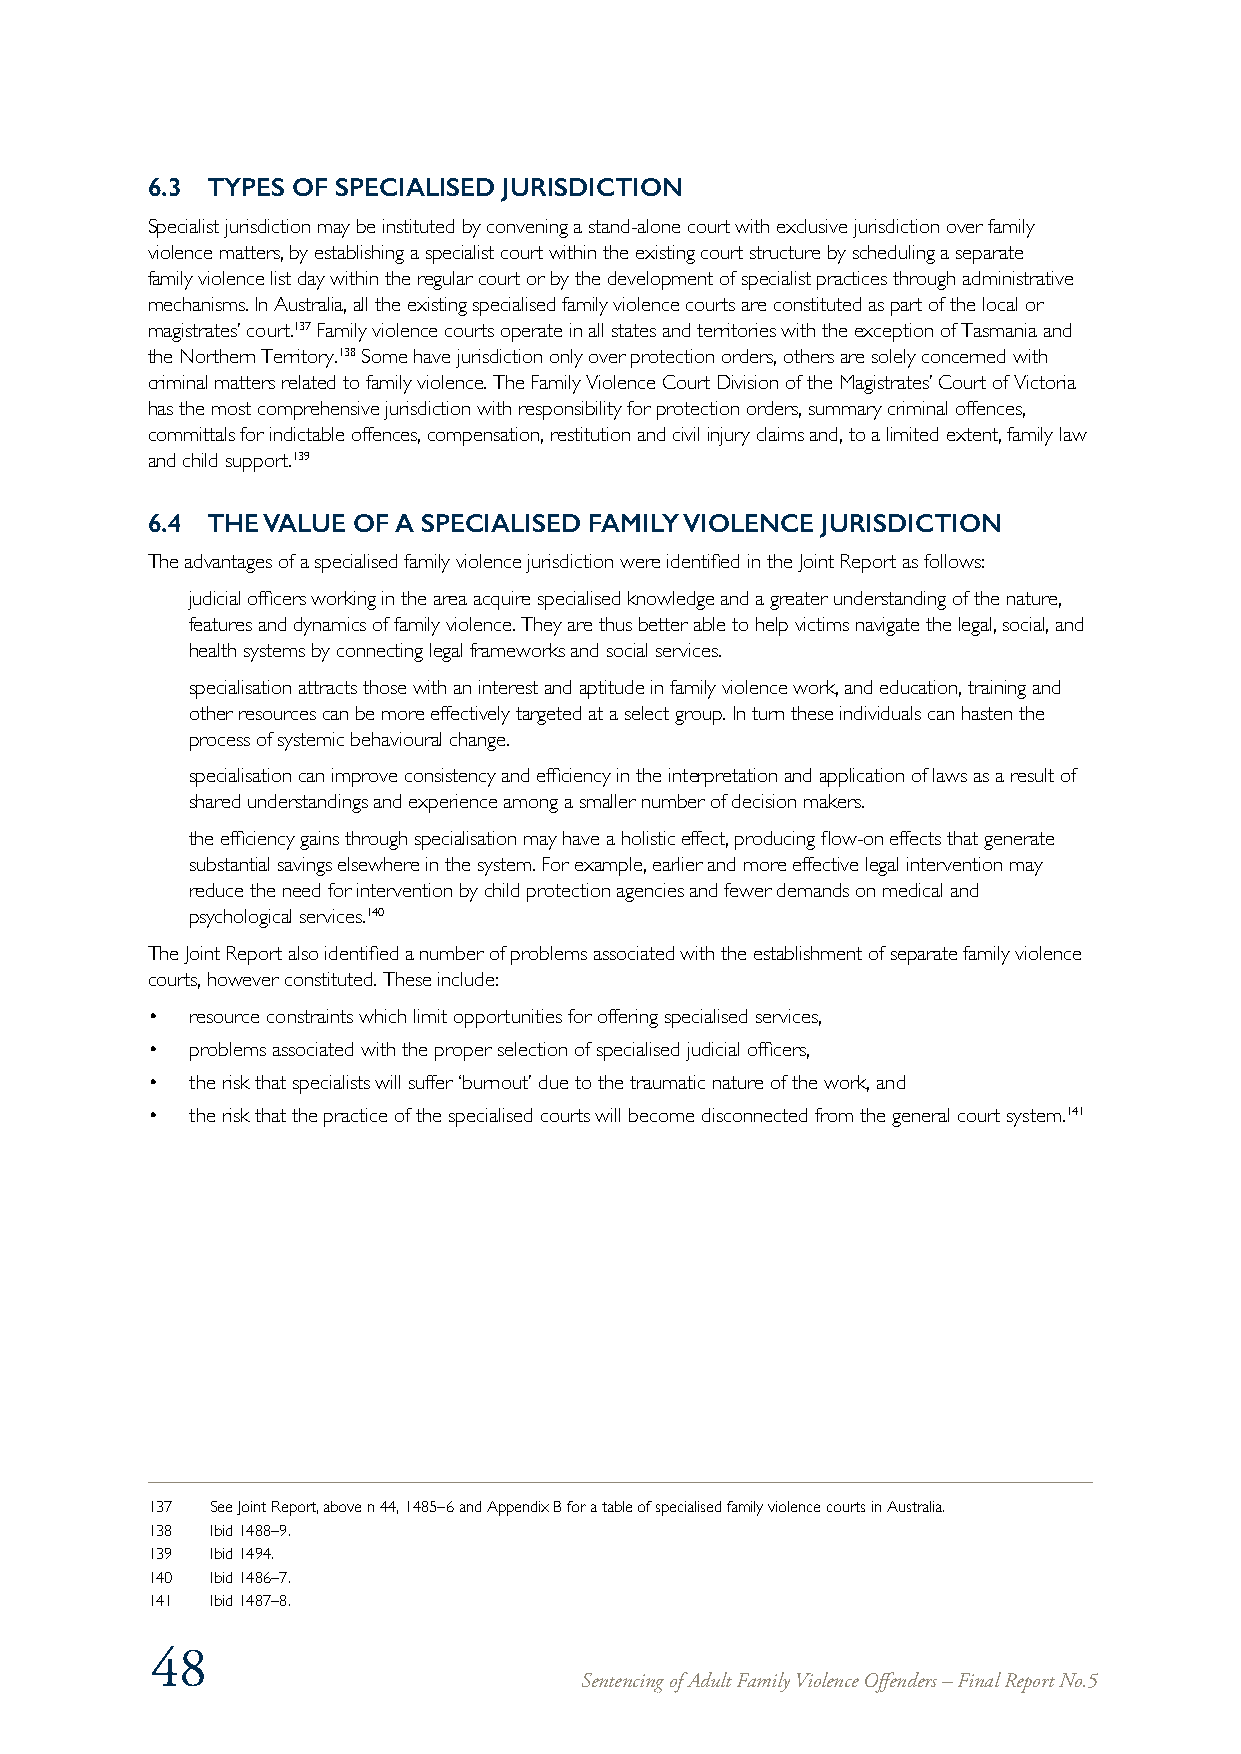
6.3 TYPES OF SPECIALISED JURISDICTION
 Specialist jurisdiction may be instituted by convening a stand-alone court with exclusive jurisdiction over family
 violence matters, by establishing a specialist court within the existing court structure by scheduling a separate
 family violence list day within the regular court or by the development of specialist practices through administrative
 mechanisms. In Australia, all the existing specialised family violence courts are constituted as part of the local or
 magistrates’ court.137 Family violence courts operate in all states and territories with the exception of Tasmania and
 the Northern Territory.138 Some have jurisdiction only over protection orders, others are solely concerned with
 criminal matters related to family violence. The Family Violence Court Division of the Magistrates’ Court of Victoria
 has the most comprehensive jurisdiction with responsibility for protection orders, summary criminal offences,
 committals for indictable offences, compensation, restitution and civil injury claims and, to a limited extent, family law
 and child support.139
 6.4 THE VALUE OF A SPECIALISED FAMILY VIOLENCE JURISDICTION
 The advantages of a specialised family violence jurisdiction were identified in the Joint Report as follows:
 judicial officers working in the area acquire specialised knowledge and a greater understanding of the nature,
 features and dynamics of family violence. They are thus better able to help victims navigate the legal, social, and
 health systems by connecting legal frameworks and social services.
 specialisation attracts those with an interest and aptitude in family violence work, and education, training and
 other resources can be more effectively targeted at a select group. In turn these individuals can hasten the
 process of systemic behavioural change.
 specialisation can improve consistency and efficiency in the interpretation and application of laws as a result of
 shared understandings and experience among a smaller number of decision makers.
 the efficiency gains through specialisation may have a holistic effect, producing flow-on effects that generate
 substantial savings elsewhere in the system. For example, earlier and more effective legal intervention may
 reduce the need for intervention by child protection agencies and fewer demands on medical and
 psychological services.140
 The Joint Report also identified a number of problems associated with the establishment of separate family violence
 courts, however constituted. These include:
 •  resource constraints which limit opportunities for offering specialised services,
 •  problems associated with the proper selection of specialised judicial officers,
 •  the risk that specialists will suffer ‘burnout’ due to the traumatic nature of the work, and
 •  the risk that the practice of the specialised courts will become disconnected from the general court system.141
 137 See Joint Report, above n 44, 1485–6 and Appendix B for a table of specialised family violence courts in Australia.
 138 Ibid 1488–9.
 139 Ibid 1494.
 140 Ibid 1486–7.
 141 Ibid 1487–8.
 48
 Sentencing of Adult Family Violence Offenders – Final Report No.5